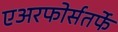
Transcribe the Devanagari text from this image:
एअरफोर्सतर्फे